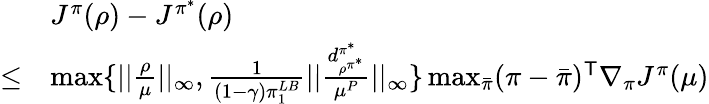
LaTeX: \begin{array}{rl}&{J^{\pi}(\rho)-J^{\pi^{*}}(\rho)}\\ {\le}&{\operatorname*{max}\{ ||\frac{\rho}{\mu}||_{\infty},\frac{1}{(1-\gamma)\pi_{1}^{LB}}||\frac{d_{\rho^{\pi^{*}}}^{\pi^{*}}}{\mu^{P}}||_{\infty}\} \operatorname*{max}_{\bar{\pi}}(\pi-\bar{\pi})^{\mathsf T}\nabla_{\pi}J^{\pi}(\mu)}\end{array}